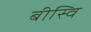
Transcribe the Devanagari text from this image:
बीस्वि